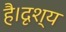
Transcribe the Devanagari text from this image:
है।दृश्य